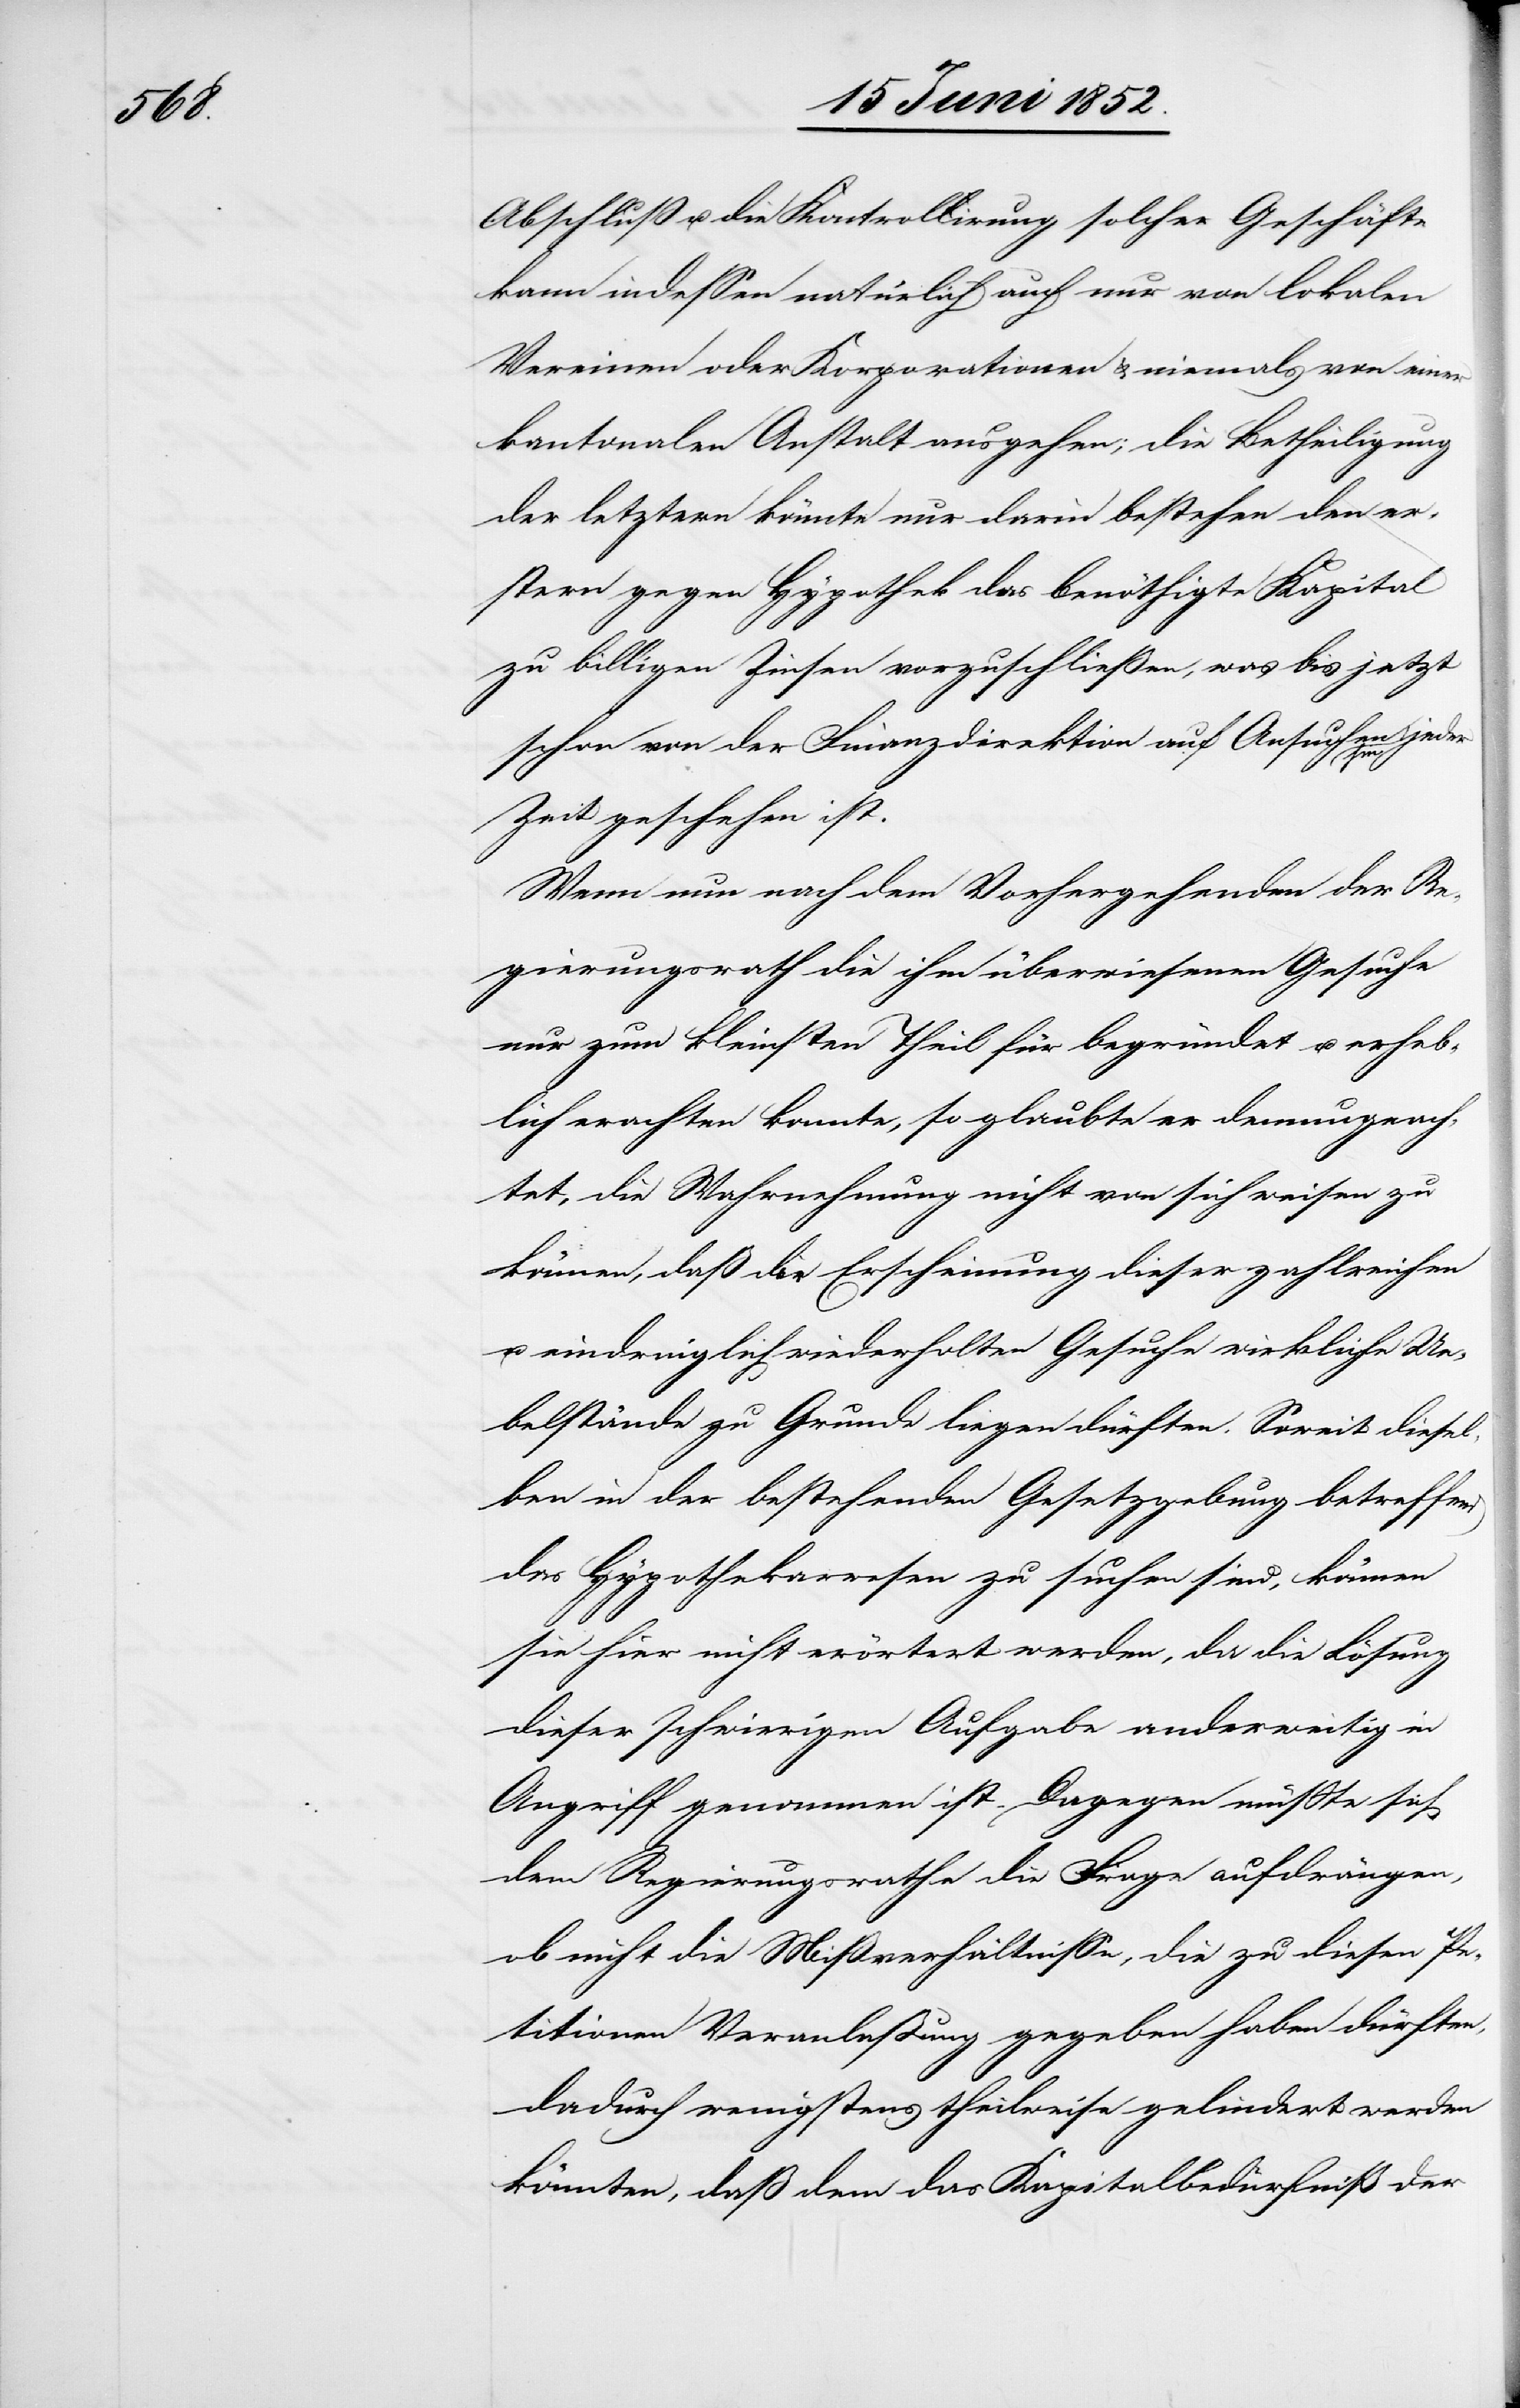
Abschluß u. die Kontrollirung solcher Geschäfte
kann indessen natürlich auch nur von lokalen
Vereinen oder Korporationen & niemals von einer
kantonalen Anstalt ausgehen; die Betheiligung
der letztern könnte nur darin bestehen den er¬
stern gegen Hypothek das benöthigte Kapital
zu billigen Zinsen vorzuschließen [sic!], was bis
schon von der Finanzdirektion auf Ansuchen hin
jeder
Zeit geschehen ist.
Wenn nun nach dem Vorhergehenden der Re¬
gierungsrath die ihm überwiesenen Gesuche
nur zum kleinsten Theil für begründet u. erheb¬
lich erachten konnte, so glaubte er demungeach¬
tet, die Wahrnehmung nicht von sich weisen zu
können, daß die [sic!] Erscheinung dieser zahlreichen
u. eindringlich wiederholten Gesuche wirkliche Ue¬
belstände zu Grunde liegen dürften. Soweit diesel¬
ben in der bestehenden Gesetzgebung betreffend
das Hypothekarwesen zu suchen sind, können
sie hier nicht erörtert werden, da die Lösung
dieser schwierigen Aufgabe anderweitig in
Angriff genommen ist. Dagegen müsste sich
dem Regierungsrathe die Frage aufdrängen,
ob nicht die Mißverhältnisse, die zu diesen Pe¬
titionen Veranlaßung gegeben haben dürften,
dadurch wenigstens theilweise gelindert werden
könnten, daß dem das Kapitalbedürfniß der